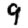
Digit: 9